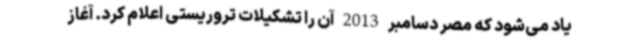
یاد می‌شود که مصر دسامبر 2013 آن را تشکیلات تروریستی اعلام کرد. آغاز